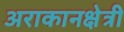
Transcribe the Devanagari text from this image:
अराकानक्षेत्री